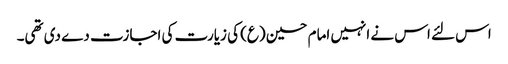
اس لئے اس نے انہیں امام حسین (ع) کی زیارت کی اجازت دے دی تھی۔